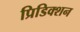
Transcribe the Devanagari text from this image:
प्रिडिक्शन